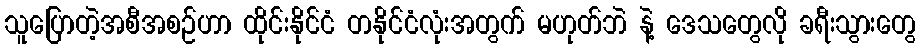
သူပြောတဲ့အစီအစဉ်ဟာ ထိုင်းနိုင်ငံ တနိုင်ငံလုံးအတွက် မဟုတ်ဘဲ နဲ့ ဒေသတွေလို ခရီးသွားတွေ